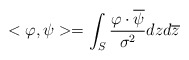
\begin{align*} <\varphi,\psi>= \int_S \frac{\varphi \cdot \overline{\psi}}{\sigma^{2}}dzd\overline{z} \end{align*}